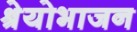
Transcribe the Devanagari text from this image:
श्रेयोभाजन